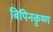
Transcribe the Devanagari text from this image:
बिपिनकृष्ण